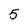
Character: 5